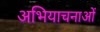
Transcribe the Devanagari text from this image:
अभियाचनाओं